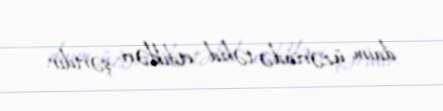
daim üzərində təkid etdikləri şərtdir.